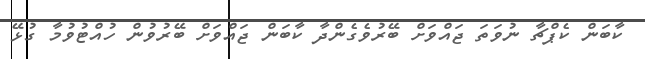
ކާބަން ކެޕްޗާ ނުވަތަ ޖައްވަށް ބޭރުވެގެންދާ ކާބަން ޖައްވަށް ބޭރުވުން ހުއްޓުވުމާ ގުޅޭ